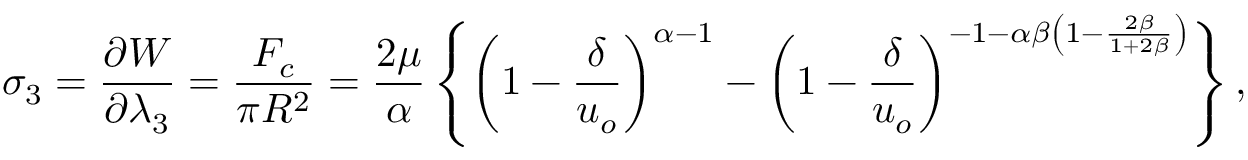
\sigma _ { 3 } = \frac { \partial W } { \partial \lambda _ { 3 } } = \frac { F _ { c } } { \pi R ^ { 2 } } = \frac { 2 \mu } { \alpha } \left\{ \left( 1 - \frac { \delta } { u _ { o } } \right) ^ { \alpha - 1 } - \left( 1 - \frac { \delta } { u _ { o } } \right) ^ { - 1 - \alpha \beta \left( 1 - \frac { 2 \beta } { 1 + 2 \beta } \right) } \right\} ,